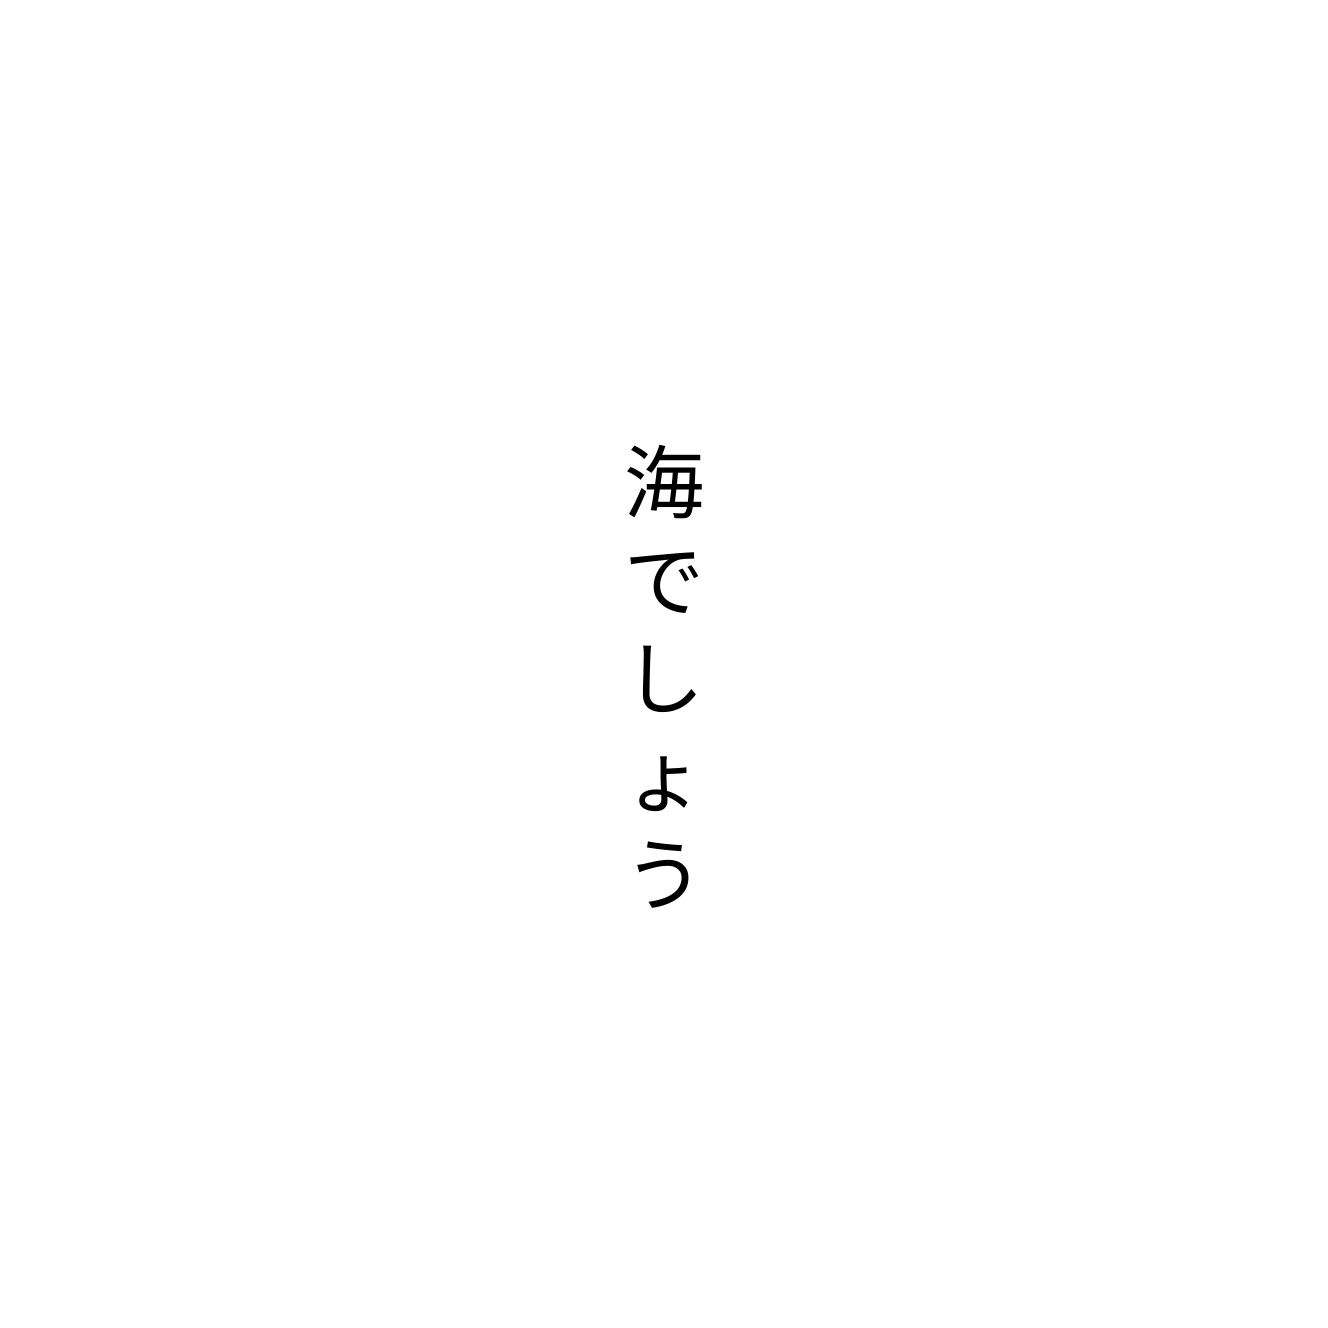
海でしょう